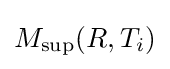
M_{\sup }(R,T_{i})